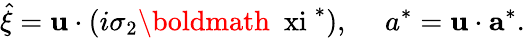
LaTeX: \hat{\xi}={\mathbf u}\cdot(i\sigma_{2}\mathrm{\boldmath~\ xi~}^{*}),~~~~~a^{*}={\mathbf u}\cdot{\mathbf a}^{*}.